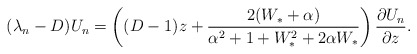
\begin{align*}(\lambda_{n}-D)U_{n} = \left((D-1)z+\frac{2(W_{*}+\alpha)}{\alpha^{2} +1 + W_{*}^{2} +2\alpha W_{*}}\right)\frac{\partial U_{n}}{\partial z}.\end{align*}